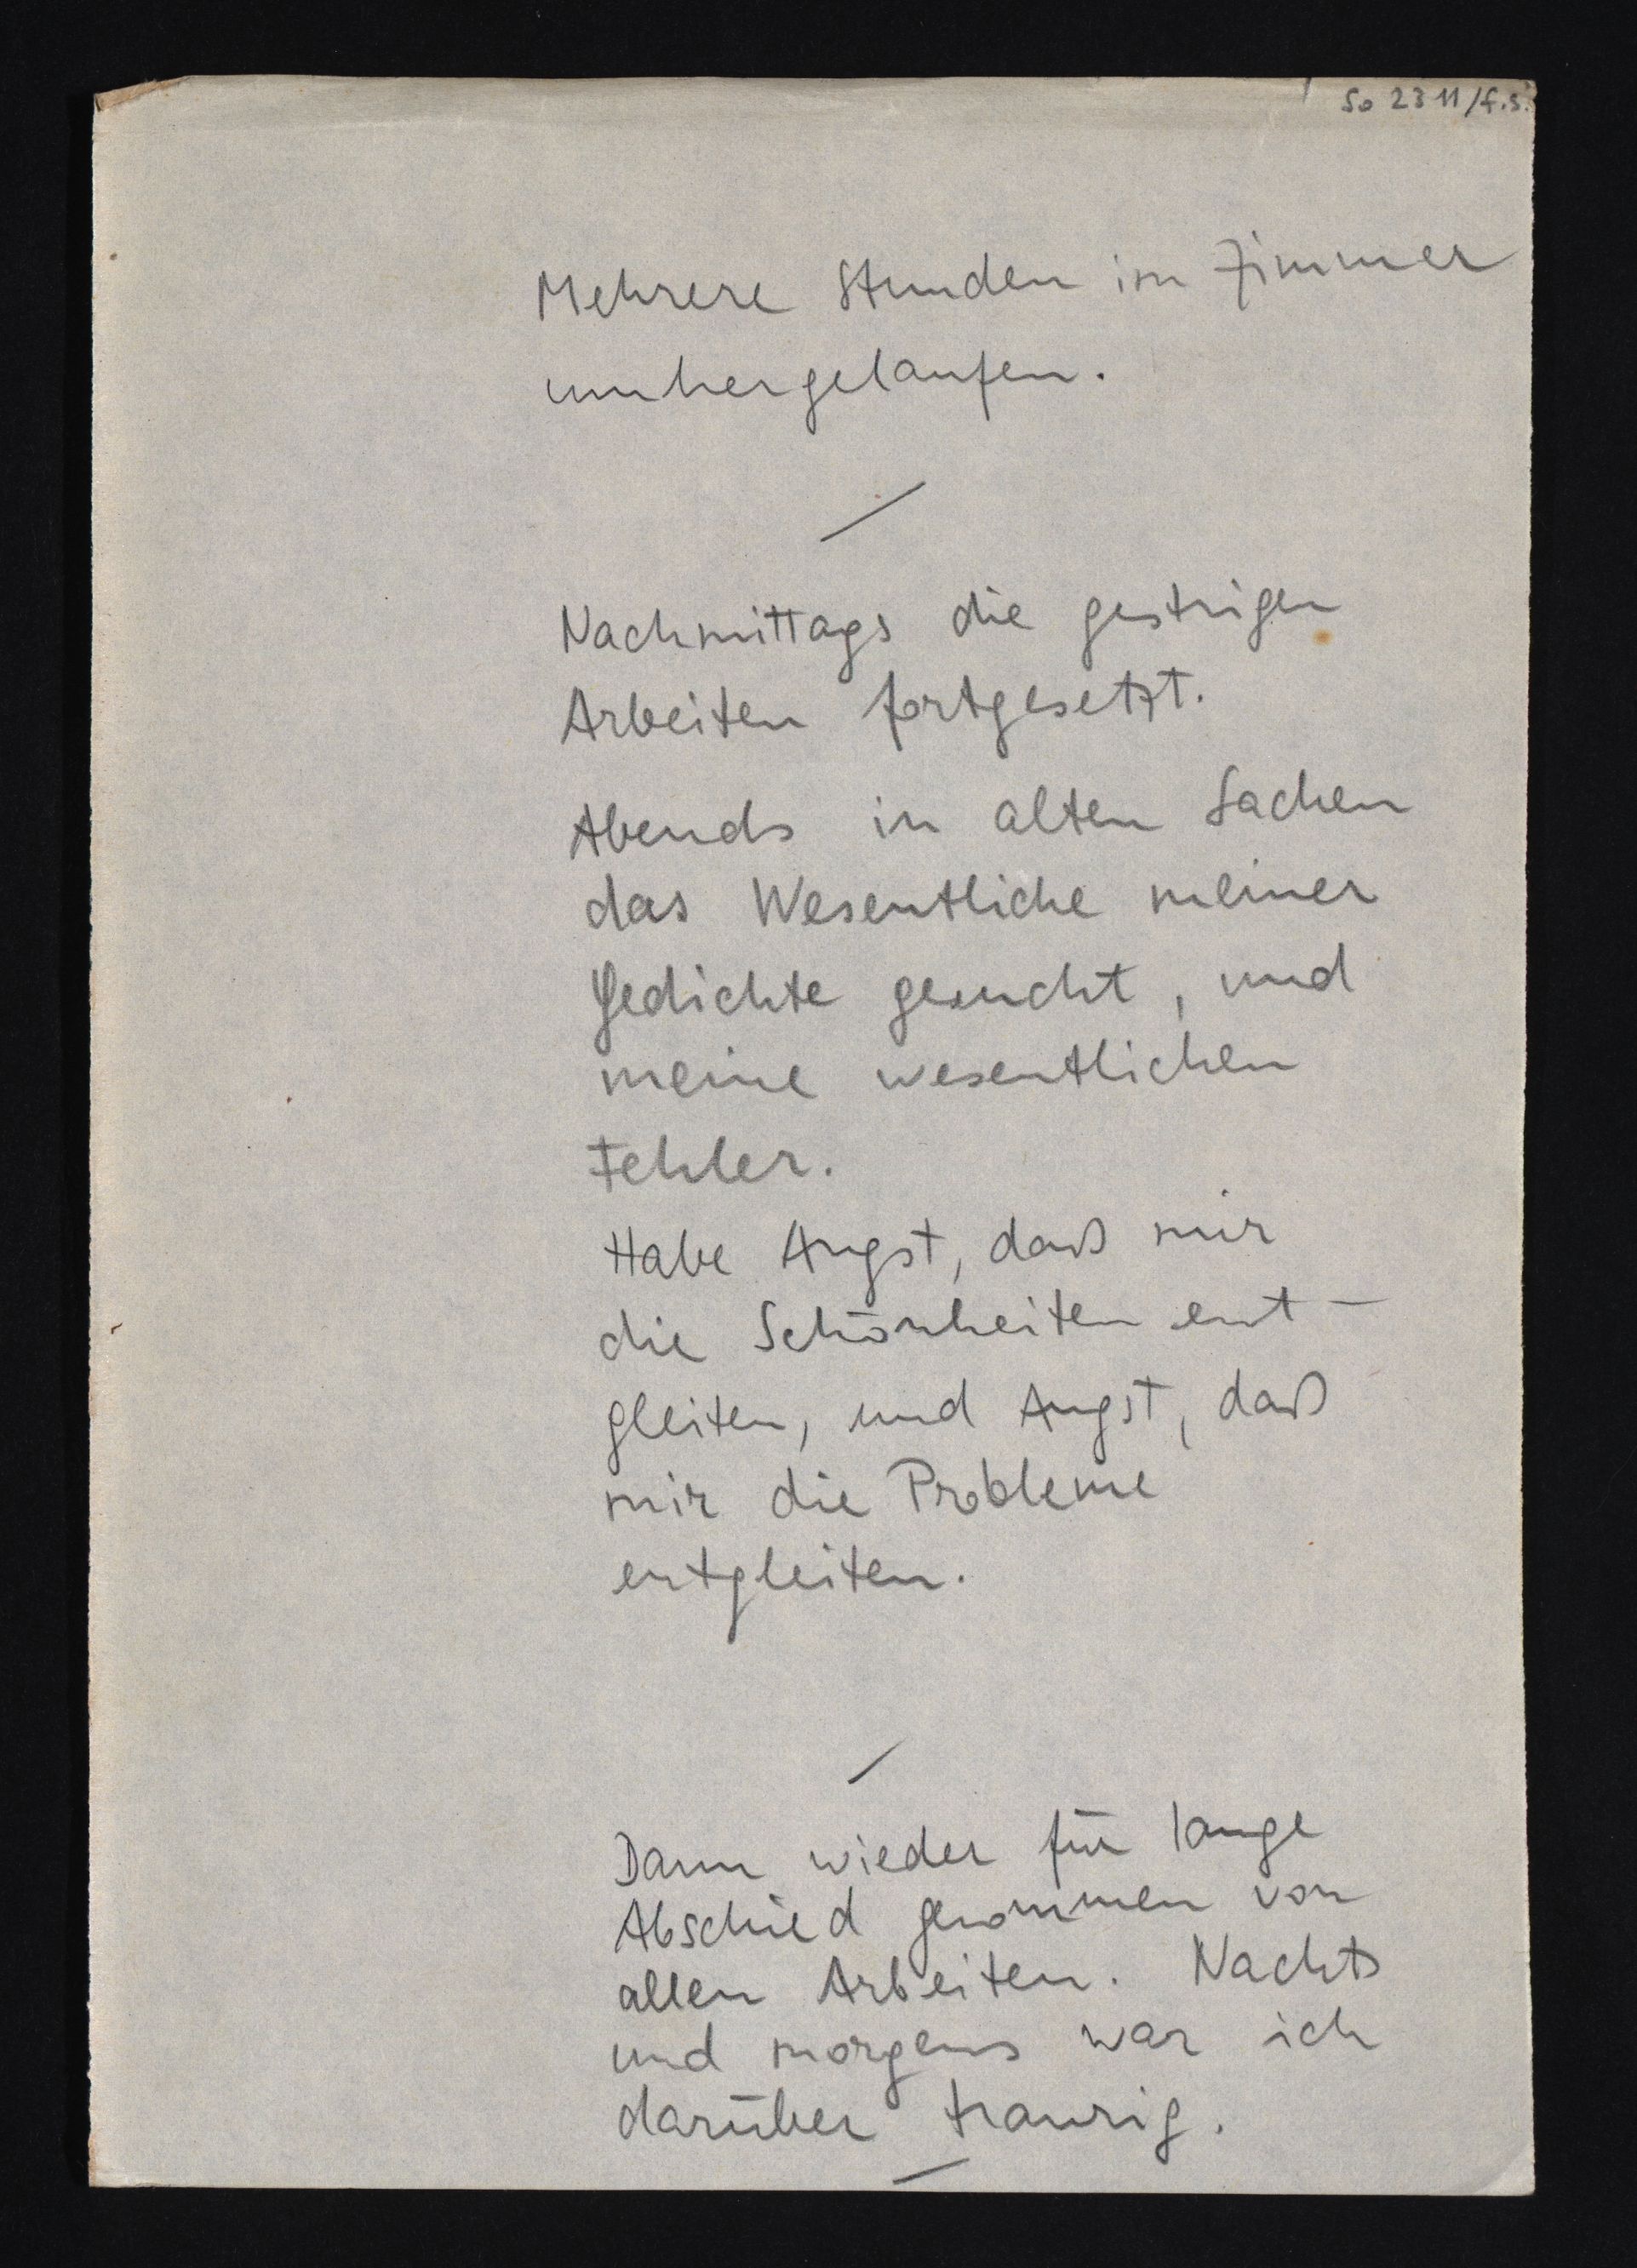
So 23 11 / f.s.
Mehrere Stunden im Zimmer
umhergelaufen.
Nachmittags die gestrigen
Arbeiten fortgesetzt.
Abends in alten Sachen
das Wesentliche meiner
Gedichte gesucht, und
meine wesentlichen
Fehler.
Habe Angst, daß mir
die Schönheiten ent¬
gleiten, und Angst, daß
mir die Probleme
entgleiten.
Dann wieder für lange
Abschied genommen von
allen Arbeiten. Nachts
und morgens war ich
darüber traurig